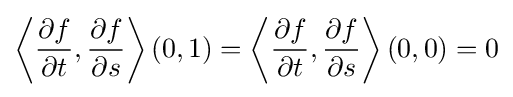
\left\langle {\frac {\partial f}{\partial t}},{\frac {\partial f}{\partial s}}\right\rangle (0,1)=\left\langle {\frac {\partial f}{\partial t}},{\frac {\partial f}{\partial s}}\right\rangle (0,0)=0